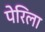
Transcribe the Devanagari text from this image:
पेरिला